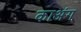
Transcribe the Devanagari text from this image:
काअंग